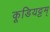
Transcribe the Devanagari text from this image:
कूडियट्टम्